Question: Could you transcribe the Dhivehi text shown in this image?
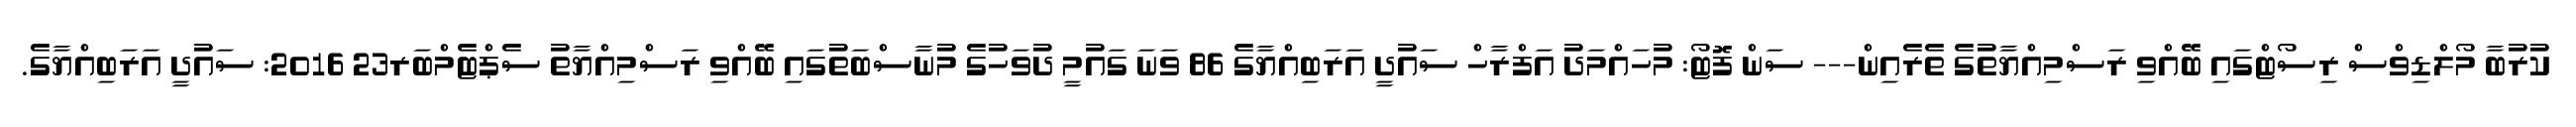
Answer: ކުރުބާ މޯލްޑިވްސް ރިސޯޓްގައި ބޭއްވި ރަސްމިއްޔާތުގެ ތެރެއިން--- ސަން ފޮޓޯ: މުހައްމަދު އަފްރާހް ސައުދީ އަރަބިއްޔާގެ 86 ވަނަ ގައުމީ ދުވަހުގެ މުނާސްބަތުގައި ބޭއްވި ރަސްމިއްޔާތު ސެޕްޓެމްބަރ23 2016: ސައުދީ އަރަބިއްޔާގެ.